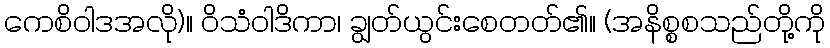
ကေစိဝါဒအလို)။ ဝိသံဝါဒိကာ၊ ချွတ်ယွင်းစေတတ်၏။ (အနိစ္စစသည်တို့ကို